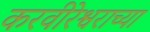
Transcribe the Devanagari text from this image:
करवीरेश्वराच्या